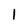
Character: 1